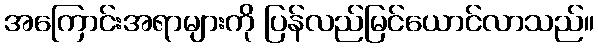
အကြောင်းအရာများကို ပြန်လည်မြင်ယောင်လာသည်။